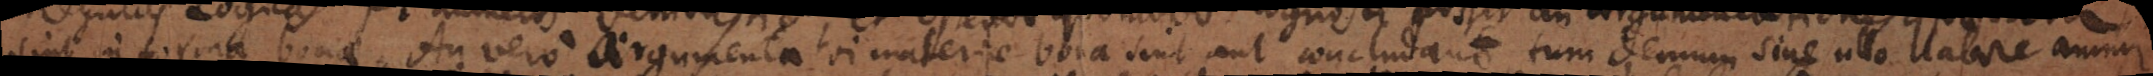
sint in forma bonae. Utrum vero argumenta vi materiae bona sint aut concludant, tum demum sine ullo labore animi